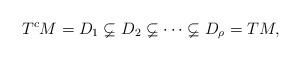
LaTeX: \begin{align*}T^cM=D_1\varsubsetneq D_2\varsubsetneq\cdots\varsubsetneq D_\rho=TM,\end{align*}